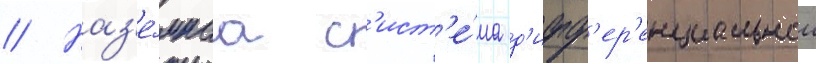
// Наз'е́мнаа с'ист'е́ма д'ифф'ер'енциальнои